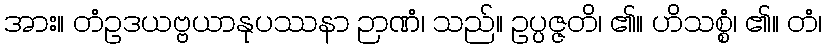
အား။ တံဥဒယဗ္ဗယာနုပဿနာ ဉာဏံ၊ သည်။ ဥပ္ပဇ္ဇတိ၊ ၏။ ဟိသစ္စံ၊ ၏။ တံ၊